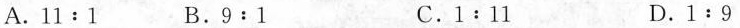
A.11:1 B.9:1 C.1﹔11 D.1:9